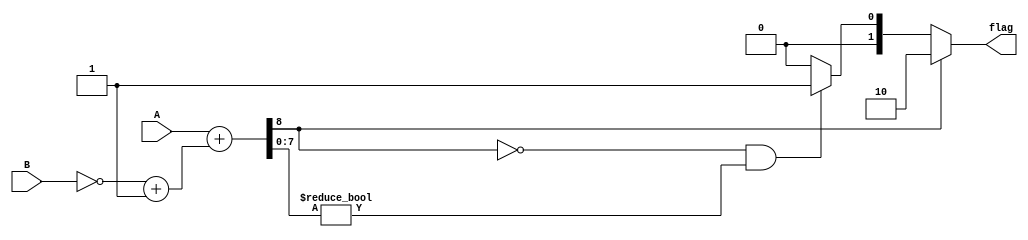
module unsigned_comparator(
    input [7:0] A,
    input [7:0] B,
    output [1:0] flag
);

reg [8:0] difference;

always @(*)
begin
    difference = A + (~B + 1); // Perform subtraction using 2's complement
end

assign flag = (difference[8]) ? 2'b10 : // A greater than B
             (!difference[8] && difference[7:0] != 8'b00000000) ? 2'b01 : // A less than B
             2'b00; // A equal to B

endmodule